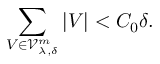
\sum _ { V \in \mathcal { V } _ { \lambda , \delta } ^ { m } } \left\lvert V \right\rvert < C _ { 0 } \delta .